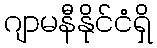
ဂျာမနီနိုင်ငံရှိ